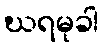
ဃရမုခါ